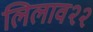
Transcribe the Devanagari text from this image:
लिलाव२२